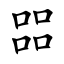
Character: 㗊